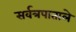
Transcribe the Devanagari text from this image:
सर्वत्रपाताले